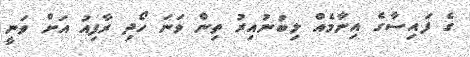
ގެ ފައިސާގެ އިނާމެއް ލިބުނުއިރު ތިން ވަނަ ހޯދި ރާފިއު އަށް ވަނީ